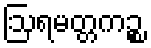
ဩရမတ္တကဉ္စ